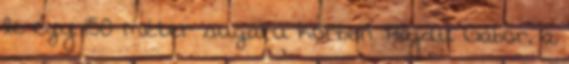
le egy 150 méter sugarú körben. Hajdu Gábor, a